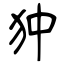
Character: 狆